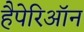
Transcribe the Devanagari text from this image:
हैपेरिऑन